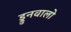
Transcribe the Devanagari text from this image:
ड्रुनवालो